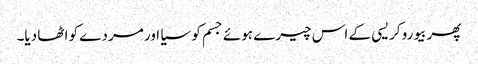
پھر بیورو کریسی کے اس چیرے ہوئے جسم کو سیا اور مردے کو اٹھا دیا۔